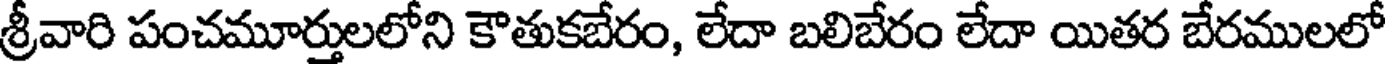
శ్రీవారి పంచమూర్తులలోని కౌతుకబేరం, లేదా బలిబేరం లేదా యితర బేరములలో